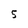
Character: 5